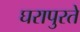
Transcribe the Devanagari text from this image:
घरापुरते